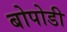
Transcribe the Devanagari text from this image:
बोपोडी